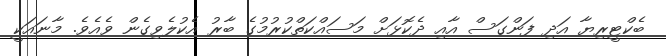
ބެކްޓީރިޔާ އަދި ފަންގަސް އާއި ދެކޮޅަށް މަސައްކަތްކުރުމުގެ ބާރު އެކުލެވިގެން ވެއެވެ. މާނައަކީ